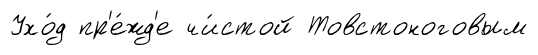
Ухо́д пр'е́жд'е чи́стой Товстоноговым